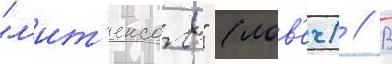
"л'ит'ексом" (лов'еч) // В